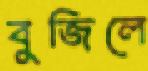
বুজিলে